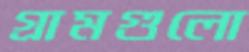
গ্রামগুলো